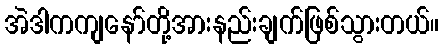
အဲဒါကကျနော်တို့အားနည်းချက်ဖြစ်သွားတယ်။